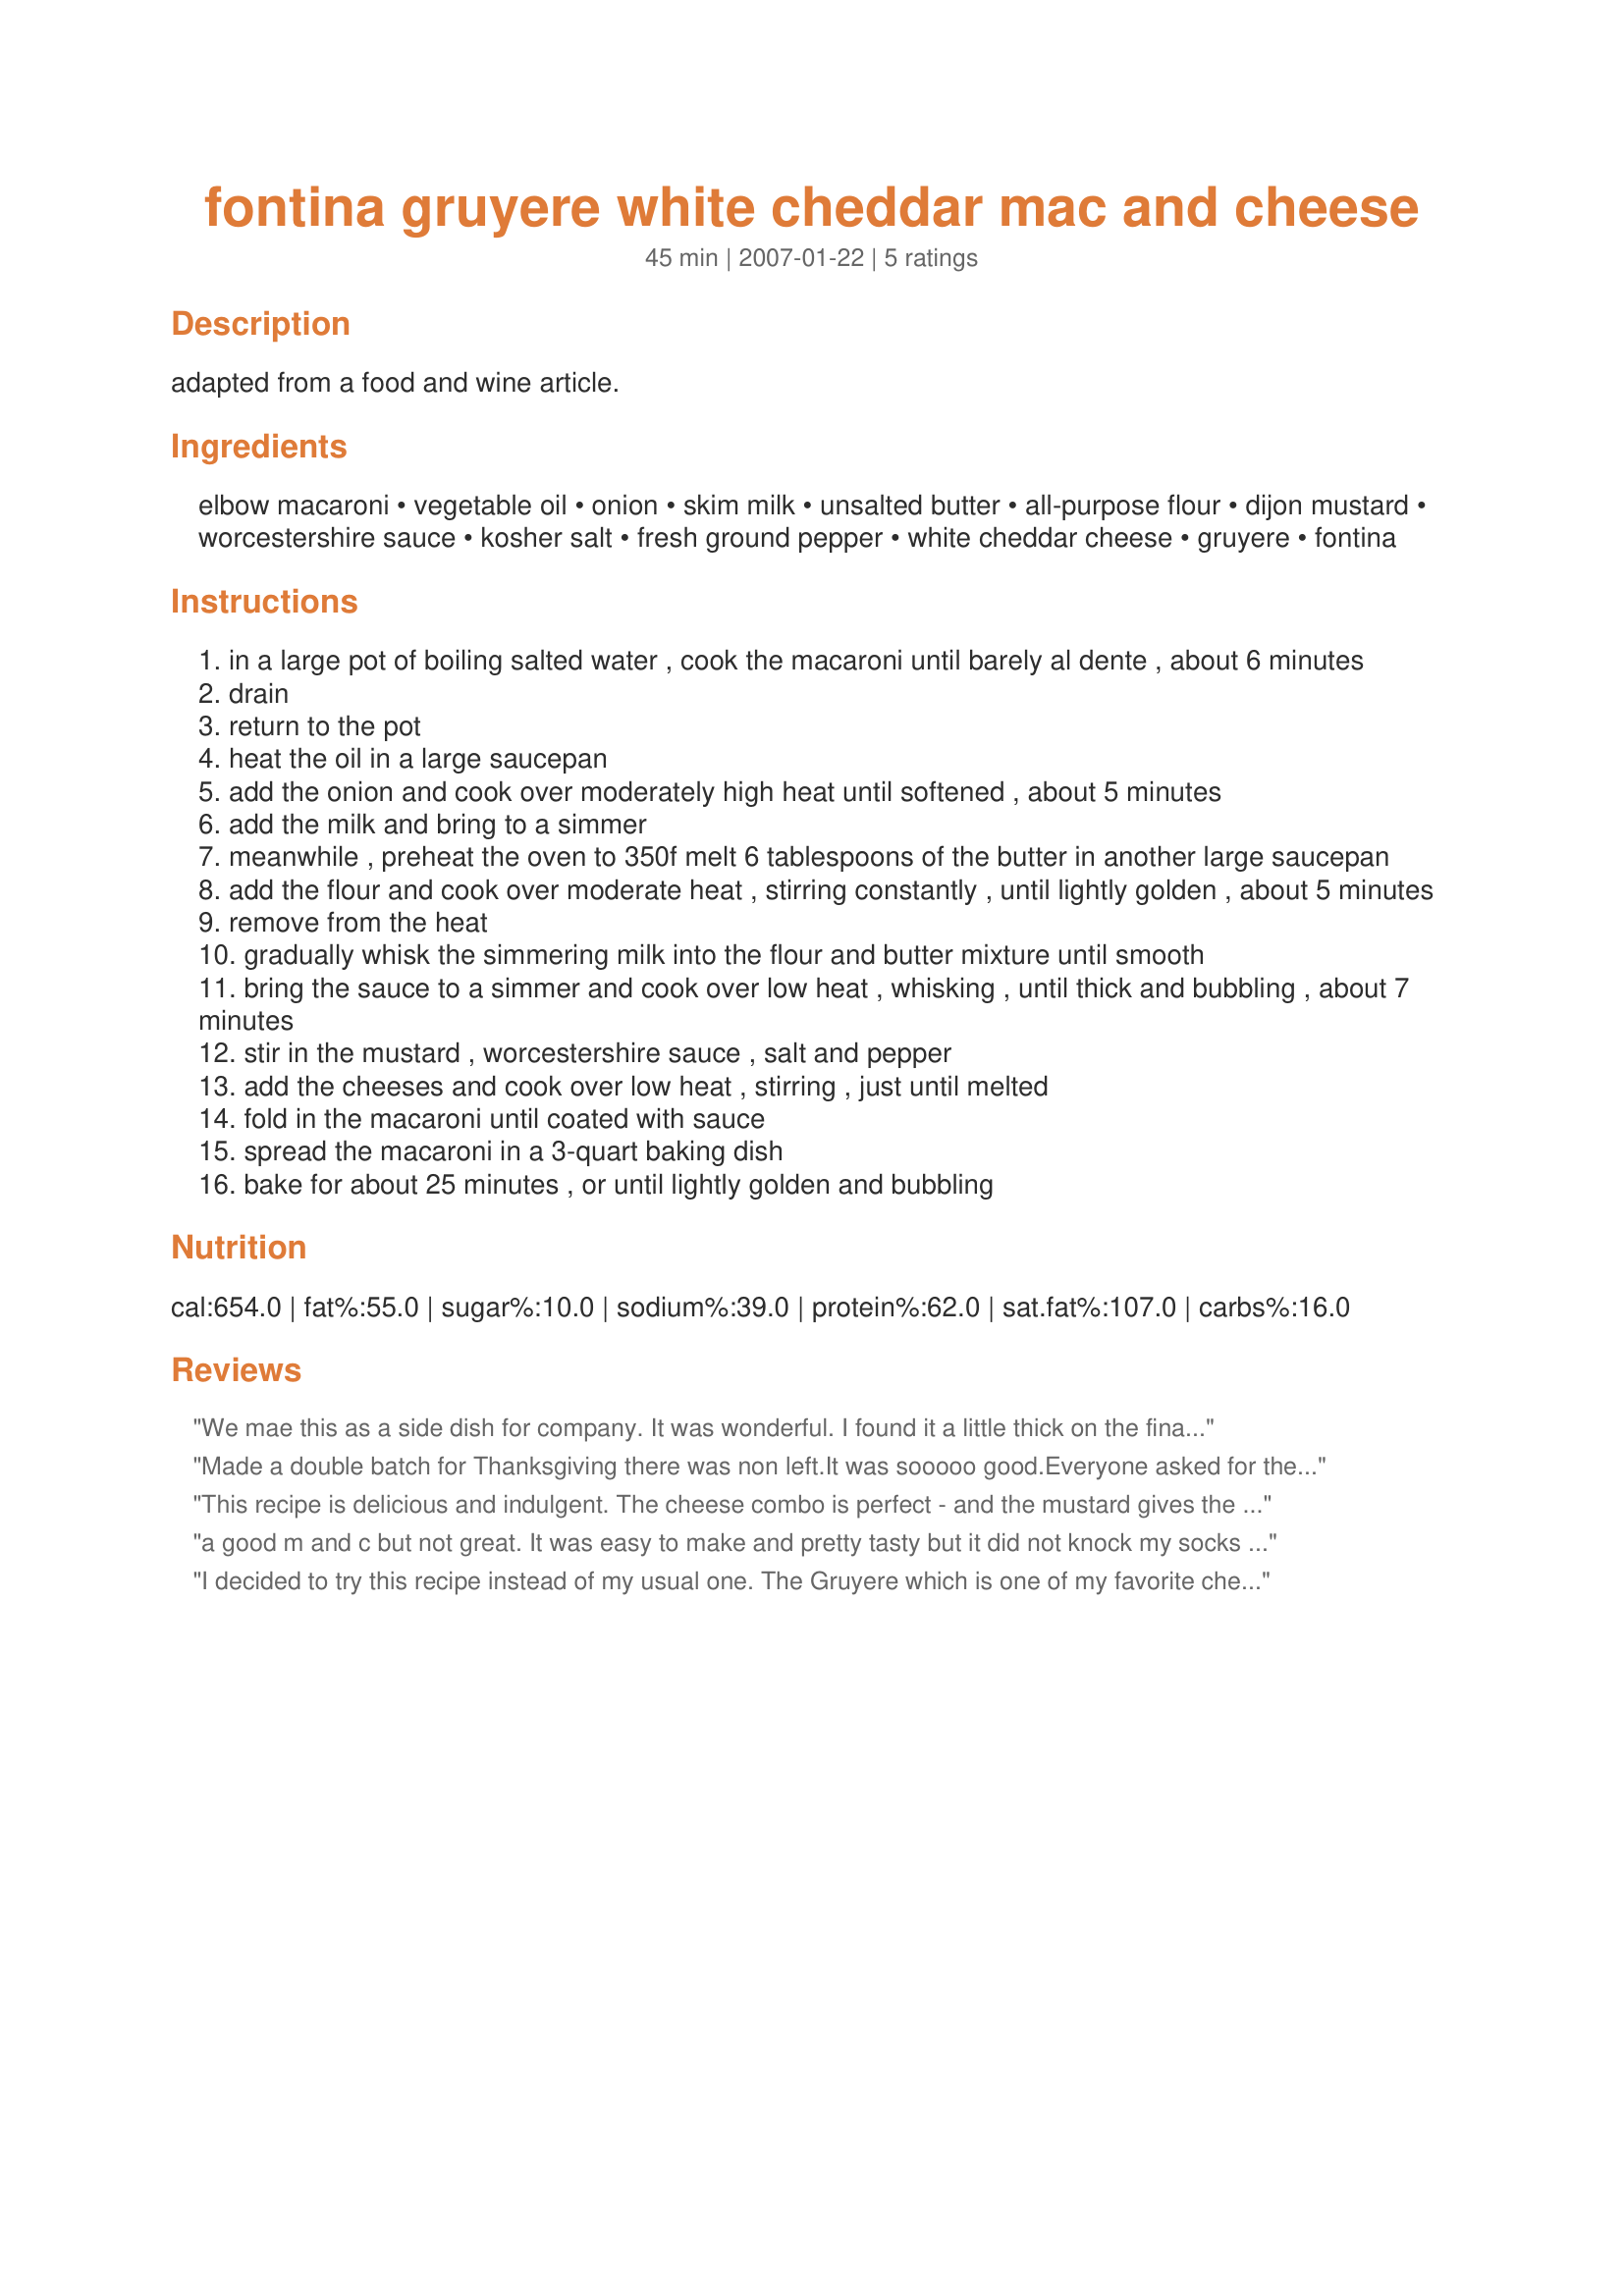
fontina gruyere white cheddar mac and cheese
Preparation time: 45 minutes

adapted from a food and wine article.

Ingredients:
elbow macaroni, vegetable oil, onion, skim milk, unsalted butter, all-purpose flour, dijon mustard, worcestershire sauce, kosher salt, fresh ground pepper, white cheddar cheese, gruyere, fontina

Steps:
in a large pot of boiling salted water , cook the macaroni until barely al dente , about 6 minutes
drain
return to the pot
heat the oil in a large saucepan
add the onion and cook over moderately high heat until softened , about 5 minutes
add the milk and bring to a simmer
meanwhile , preheat the oven to 350f melt 6 tablespoons of the butter in another large saucepan
add the flour and cook over moderate heat , stirring constantly , until lightly golden , about 5 minutes
remove from the heat
gradually whisk the simmering milk into the flour and butter mixture until smooth
bring the sauce to a simmer and cook over low heat , whisking , until thick and bubbling , about 7 minutes
stir in the mustard , worcestershire sauce , salt and pepper
add the cheeses and cook over low heat , stirring , just until melted
fold in the macaroni until coated with sauce
spread the macaroni in a 3-quart baking dish
bake for about 25 minutes , or until lightly golden and bubbling

Reviews:
We mae this as a side dish for company. It was wonderful. I found it a little thick on the final mix (before we baked it) so I added a little more milk. We did use whole milk and a little half and half, that could account for it being a little thick. The taste is really rich and creamy. Everybody really enjoyed it!
Made a double batch for Thanksgiving there was non left.It was sooooo good.Everyone asked for the recipe.Would diffently make it again
This recipe is delicious and indulgent. The cheese combo is perfect - and the mustard gives the sauce a little kick. I added a bread crumb topping as well (bread crumbs and butter).
a good m and c but not great. It was easy to make and pretty tasty but it did not knock my socks off. To be fair I used yellow vermont cheddar instead of white cheddar. So this could have made of difference.
I decided to try this recipe instead of my usual one. The Gruyere which is one of my favorite cheeses was a winner in this recipe. I gives it a zing. Because I was cooking for company I decided not to use the skim milk but used whole milk mixed with half and half. More calories but everyone raved about this dish. Thanks for sharing.
